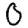
Digit: 0